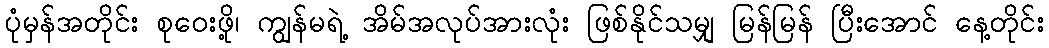
ပုံမှန်အတိုင်း စုဝေးဖို့၊ ကျွန်မရဲ့ အိမ်အလုပ်အားလုံး ဖြစ်နိုင်သမျှ မြန်မြန် ပြီးအောင် နေ့တိုင်း